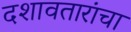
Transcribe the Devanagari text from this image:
दशावतारांचा